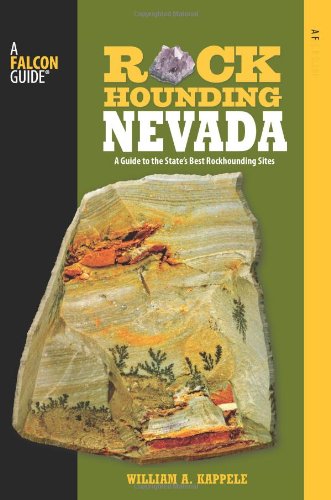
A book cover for Rockhounding Nevada: A Guide To The State's Best Rockhounding Sites (Rockhounding Series); William A. Kappele; Science & Math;